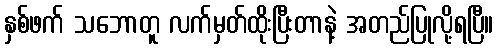
နှစ်ဖက် သဘောတူ လက်မှတ်ထိုးပြီးတာနဲ့ အတည်ပြုလို့ရပြီ။